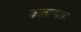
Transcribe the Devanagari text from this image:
कालामालल